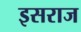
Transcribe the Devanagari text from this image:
इसराज